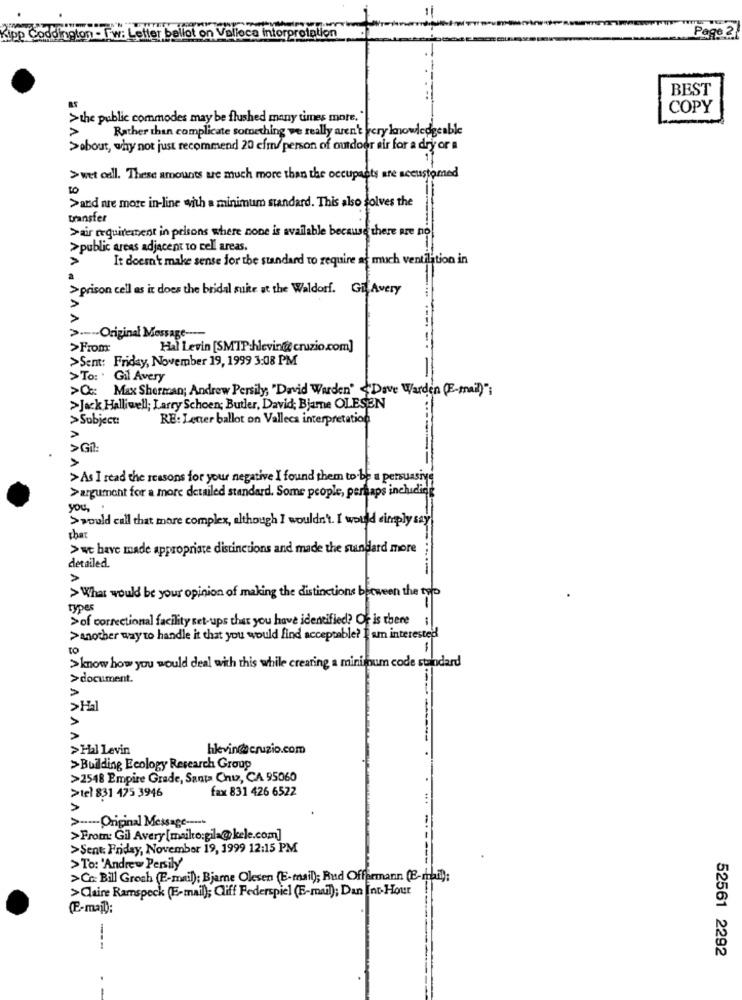
Page 2
lot on Valieca Interpretation
BEST
COPY
>the public commodes may be flushed many times more."
Rather than complicate something we really aren't very knowledgeable
>about, why not just recommend 20 cfm/ person of outdoor air for a dry or a
>wet call. These amounts are much more than the occupants are accustomed
>and are more in-line with a minimum standard. This also solves the
transfer
>air requirement in prisons where none is available because there are no
>public areas adjacent to cell areas.
A
It doesn't make sense for the standard to require as much ventilation in
>prison cell as it does the bridal suite at the Waldorf. Gi Avery
AA
> ---- Original Message ----
>From
Hal Levin [SMTP-hlevin@ cruzio.com]
>Sent: Friday, November 19, 1999 3:08 PM
>To: ' Gil Avery
>Qx: Max Sherman; Andrew Persily, "David Warden" Dave Warden (E-mail)"
>Jack Halliwell; Larry Schoen; Butler, David; Bjarne OLESEN
>Subject:
RE: Lecer ballot on Vallecs interpretation
>Gil:
>
>As I read the reasons for your negative I found them to be a persuasive
>argument for a more detailed standard. Some people, perhaps including
you,
>> would call that more complex, although I wouldn't. I would simply say
thar
>we have made appropriate distinctions and made the standard more
detailed.
> What would be your opinion of making the distinctions between the top
types
>of correctional facility set-ups that you have identified? Or is there ;
> another way to handle it that you would find acceptable? I am interested
TO
>know how you would deal with this while creating a minimum code standard
>document.
>Hal
>Hal Levin
AAA
hkvin@scruzio.com
>Building Ecology Research Group
>2548 Empire Grade, Santa Cruz, CA 95060
>tel 831 475 3946
fax 831 426 6522
> ----- Original Message -----
>From: Gil Avery [mailto:gila@kele.com]
>Sent: Friday, November 19, 1999 12:15 PM
>To: 'Andrew Persily
>Co: Bill Groch (E-mail): Bjarne Olesen (E-mail); Rud Offermann (B-ribi);
>Claire Ramspeck (E-mail); Cliff Federspiel (E-mail); Dan Int-Hour
(E-mail);
---
52561 2292
-